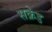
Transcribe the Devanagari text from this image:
सक्रेड